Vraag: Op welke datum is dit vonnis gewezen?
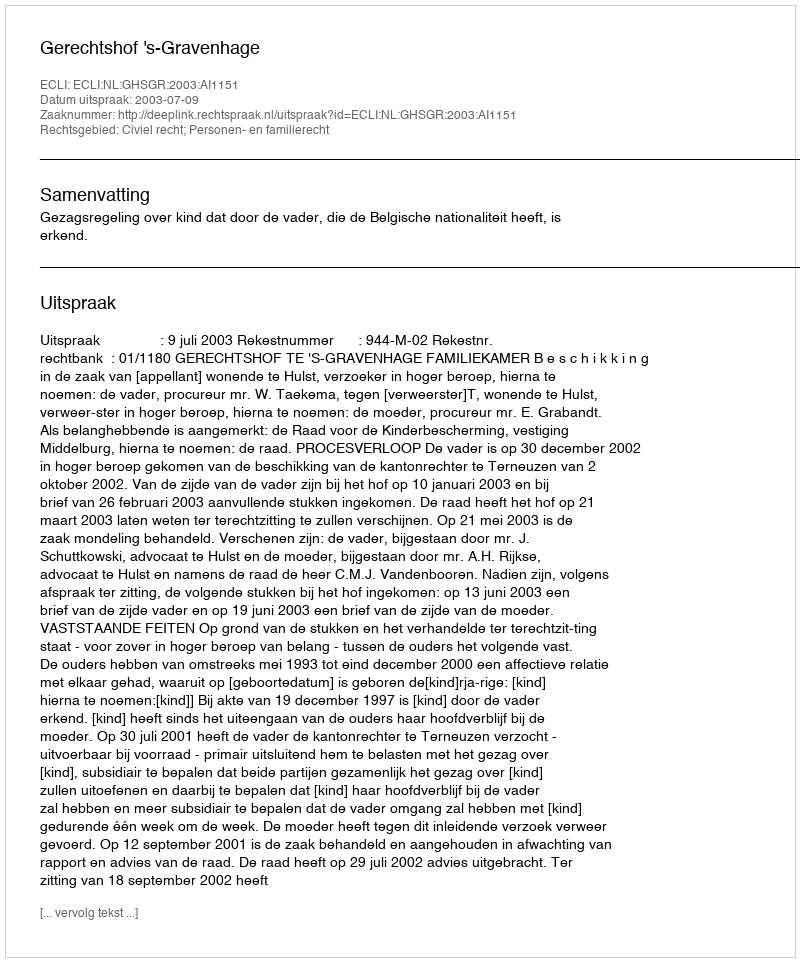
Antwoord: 2003-07-09